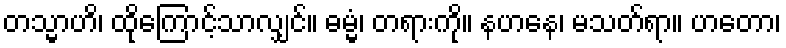
တသ္မာဟိ၊ ထိုကြောင့်သာလျှင်။ ဓမ္မံ၊ တရားကို။ နဟနေ၊ မသတ်ရာ။ ဟတော၊